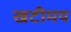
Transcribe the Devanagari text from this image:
खटीमय